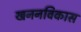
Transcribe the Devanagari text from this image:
खननविकास